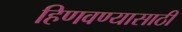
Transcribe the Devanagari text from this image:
हिणवण्यासाठी